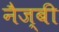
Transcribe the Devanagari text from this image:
नैज्बी